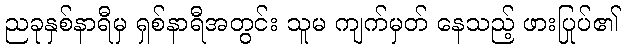
ညခုနှစ်နာရီမှ ရှစ်နာရီအတွင်း သူမ ကျက်မှတ် နေသည့် ဖားပြုပ်၏